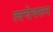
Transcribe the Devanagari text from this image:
त्वचेवरून